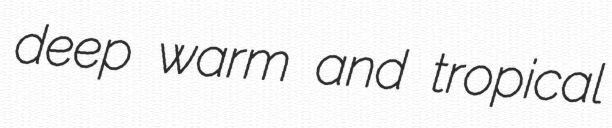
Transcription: deep warm and tropical